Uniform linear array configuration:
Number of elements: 64
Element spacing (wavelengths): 0.75
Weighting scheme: hann
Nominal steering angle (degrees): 0
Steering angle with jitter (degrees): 1.836
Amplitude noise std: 0.05
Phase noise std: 0.05

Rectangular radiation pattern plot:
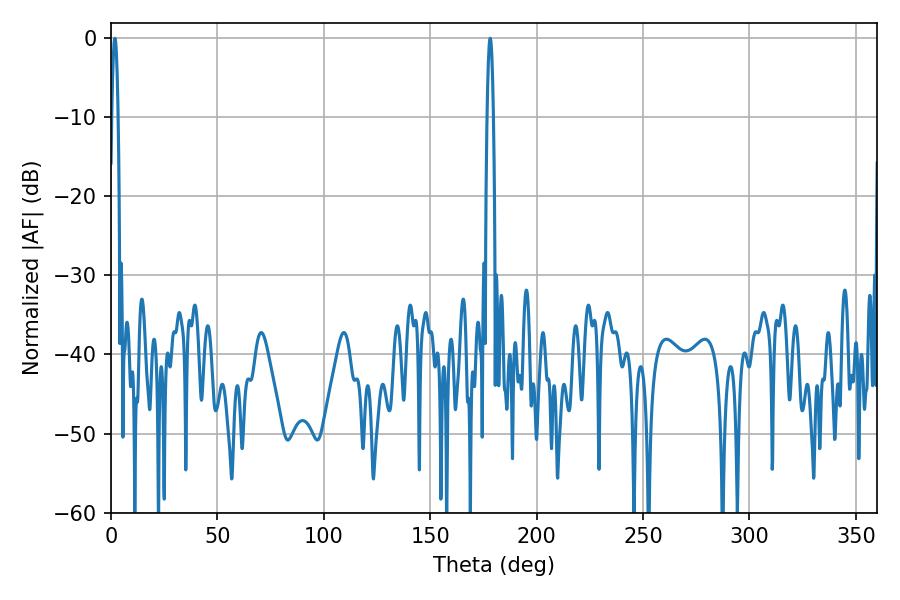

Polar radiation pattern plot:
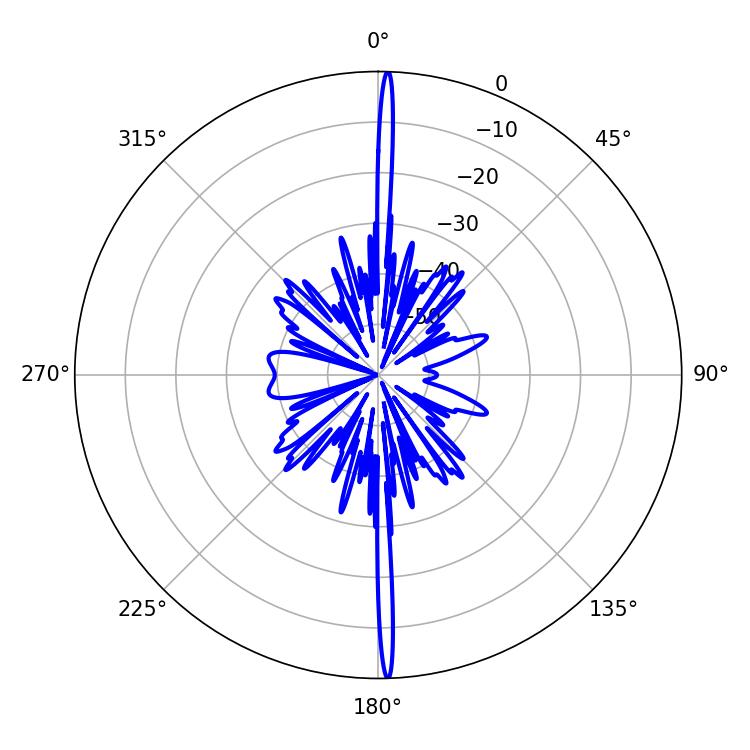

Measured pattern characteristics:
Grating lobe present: TRUE
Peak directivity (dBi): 30.118
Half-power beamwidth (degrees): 1.44
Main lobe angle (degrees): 1.8